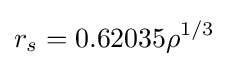
r_{s}=0.62035\rho ^{1/3}